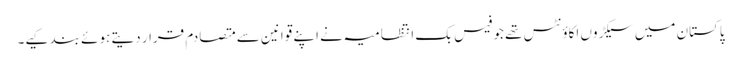
پاکستان میں سیکڑوں اکاؤنٹس تھے جو فیس بک انتظامیہ نے اپنے قوانین سے متصادم قرار دیتے ہوئے بند کیے۔